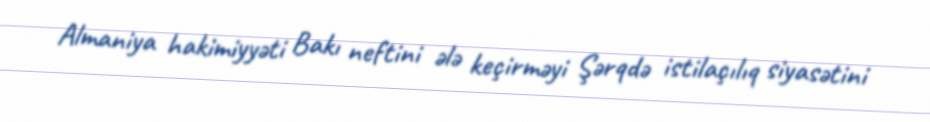
Almaniya hakimiyyəti Bakı neftini ələ keçirməyi Şərqdə istilaçılıq siyasətini